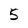
Character: 5